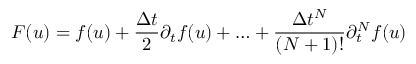
F ( u ) = f ( u ) + \frac { \Delta t } { 2 } \partial _ { t } f ( u ) + \ldots + \frac { \Delta t ^ { N } } { ( N + 1 ) ! } \partial _ { t } ^ { N } f ( u )